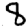
Digit: 8